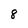
Character: 8